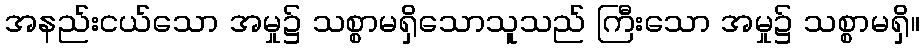
အနည်းငယ်သော အမှု၌ သစ္စာမရှိသောသူသည် ကြီးသော အမှု၌ သစ္စာမရှိ။